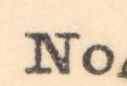
No